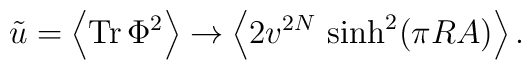
\tilde{u}=\left< {\rm Tr}\,\Phi^2\right>\rightarrow \left<2 v^{2N}\,\sinh^2(\pi R A)\right>.